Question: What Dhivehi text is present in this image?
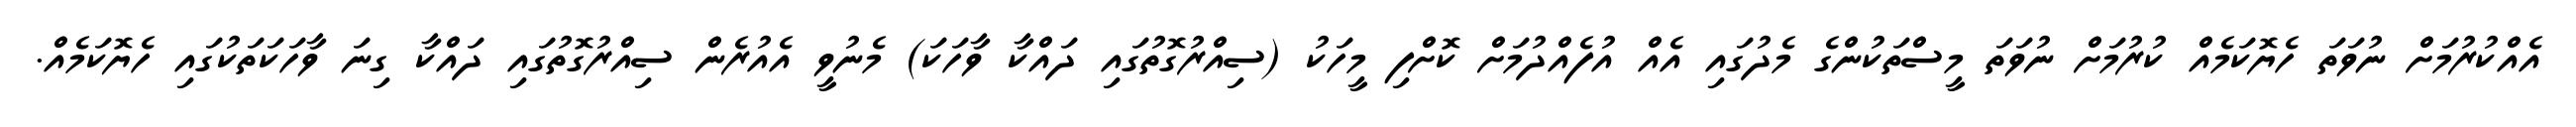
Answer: އެއްކުރުމަށް ނުވަތަ ހެޔޮކަމެއް ކުރުމަށް ނުވަތަ މީސްތަކުންގެ މެދުގައި އެއް އުފެއްދުމަށް ކޮށްފި މީހަކު (ސިއްރުގޮތުގައި ދައްކާ ވާހަކަ) މެނުވީ އެއުރެން ސިއްރުގޮތުގައި ދައްކާ ގިނަ ވާހަކަތަކުގައި ހެޔޮކަމެއް.